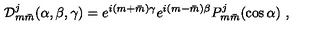
{ \cal D } _ { m \bar { m } } ^ { j } ( \alpha , \beta , \gamma ) = e ^ { i ( m + \bar { m } ) \gamma } e ^ { i ( m - \bar { m } ) \beta } P _ { m \bar { m } } ^ { j } ( \cos \alpha ) \ ,